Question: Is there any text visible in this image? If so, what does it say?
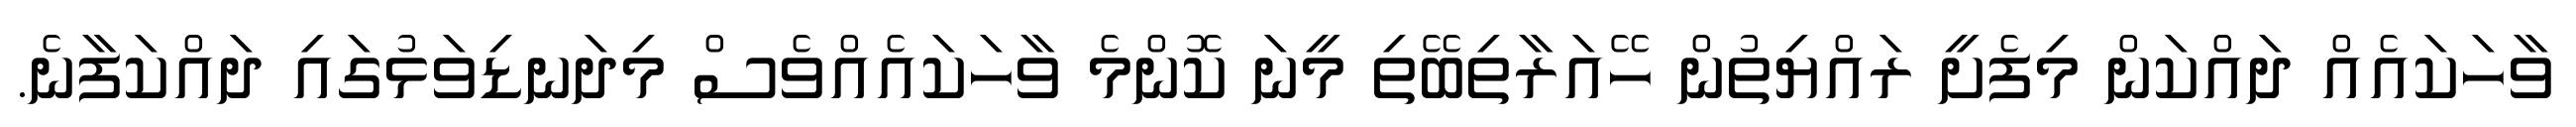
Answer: ވާހަކައެއް ދައްކަން މިފެށީ ރައްޔިތުން ހޭއަރާތިބޭތި މީނަ ކޮންމެ ވާހަކައެއްވެސް މިދަނޑިވަޅުގައި ދައްކަފާނެ.